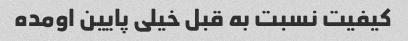
کیفیت نسبت به قبل خیلی پایین اومده